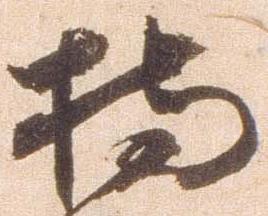
持